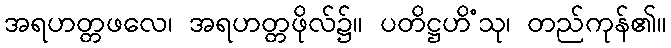
အရဟတ္တဖလေ၊ အရဟတ္တဖိုလ်၌။ ပတိဋ္ဌဟိံသု၊ တည်ကုန်၏။